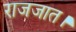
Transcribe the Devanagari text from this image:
राजजात।